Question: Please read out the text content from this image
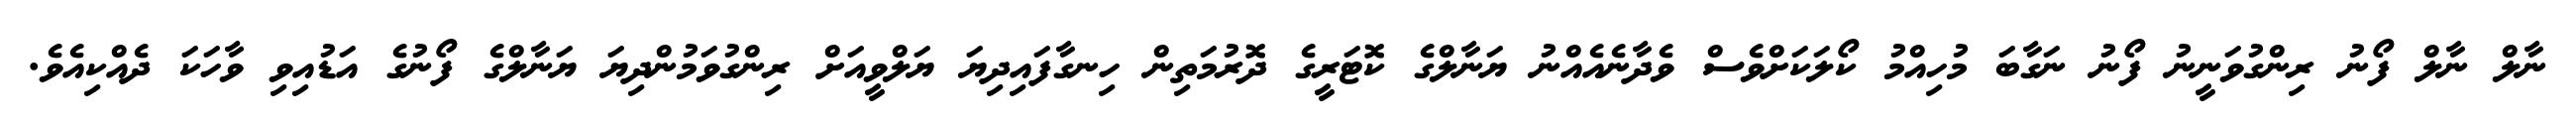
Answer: ނާލް ނާލް ފޯނު ރިންގުވަނީނު ފޯނު ނަގާބަ މުހިއްމު ކޯލަކަށްވެސް ވެދާނެއެއްނު ޔަނާލްގެ ކޮޓަރީގެ ދޮރުމަތިން ހިނގާފައިދިޔަ ޔަލްވީއަށް ރިންގުވަމުންދިޔަ ޔަނާލްގެ ފޯނުގެ އަޑުއިވި ވާހަކަ ދެއްކިއެވެ.